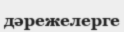
дәрежелерге